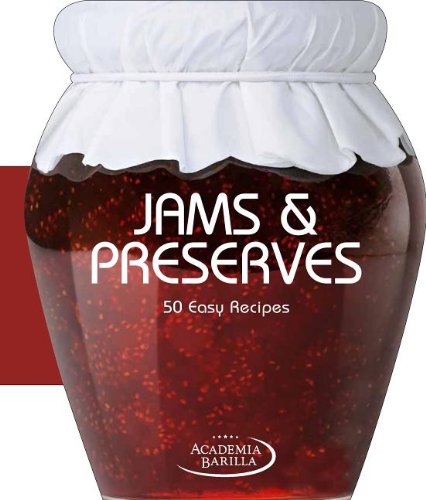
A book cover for Jams & Preserves: 50 Easy Recipes; Academia Barilla; Cookbooks, Food & Wine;